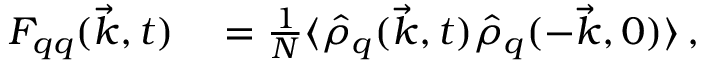
\begin{array} { r l } { F _ { q q } ( \vec { k } , t ) } & { { } = \frac { 1 } { N } \langle \hat { \rho } _ { q } ( \vec { k } , t ) \hat { \rho } _ { q } ( - \vec { k } , 0 ) \rangle \, , } \end{array}